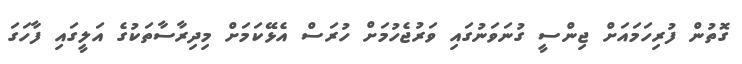
ގޮތުން ފުރިހަމައަށް ޖިންސީ ގުނަވަނުގައި ވަރުޖެހުމަށް ހުރަސް އެޅޭކަމަށް މިދިރާސާތަކުގެ އަލީގައި ފާހަގަ